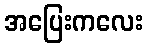
အပြေးကလေး